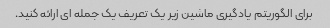
برای الگوریتم یادگیری ماشین زیر یک تعریف یک جمله ای ارائه کنید.